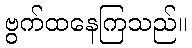
ဗွက်ထနေကြသည်။